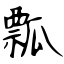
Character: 瓢